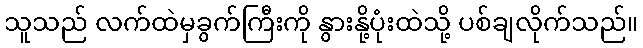
သူသည် လက်ထဲမှခွက်ကြီးကို နွားနို့ပုံးထဲသို့ ပစ်ချလိုက်သည်။